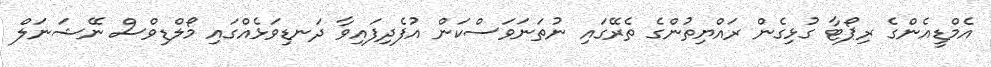
އެމްޑީއެންގެ ރިޕޯޓާ ގުޅިގެން ރައްޔިތުންގެ ތެރޭގައި ނުތަނަވަސްކަން އުފެދިފައިވާ ދަނޑިވަޅެއްގައި މޯލްޑިވްސް ނޭޝަނަލް